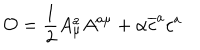
\mathcal { O } = \frac { 1 } { 2 } A _ { \mu } ^ { a } A ^ { a \mu } + \alpha \overline { { { c } } } ^ { a } c ^ { a }